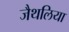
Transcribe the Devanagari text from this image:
जैथलिया